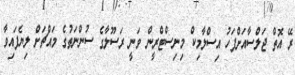
ރޭ އޮތް ޖަލްސާއަށްފަހު އިސްލާމިކް މިނިސްޓްރީން ވަނީ ރަސޫލާގެ ސުންނަތުގެ މައްޗަށް ލިޔެފައިވާ